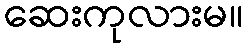
ဆေးကုလားမ။